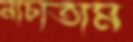
নাচাতাম